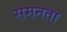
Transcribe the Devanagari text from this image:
समनता